Bulletin of the Pasteur Institute of Southern India, Coonoor - No. 2.
Year: 1909
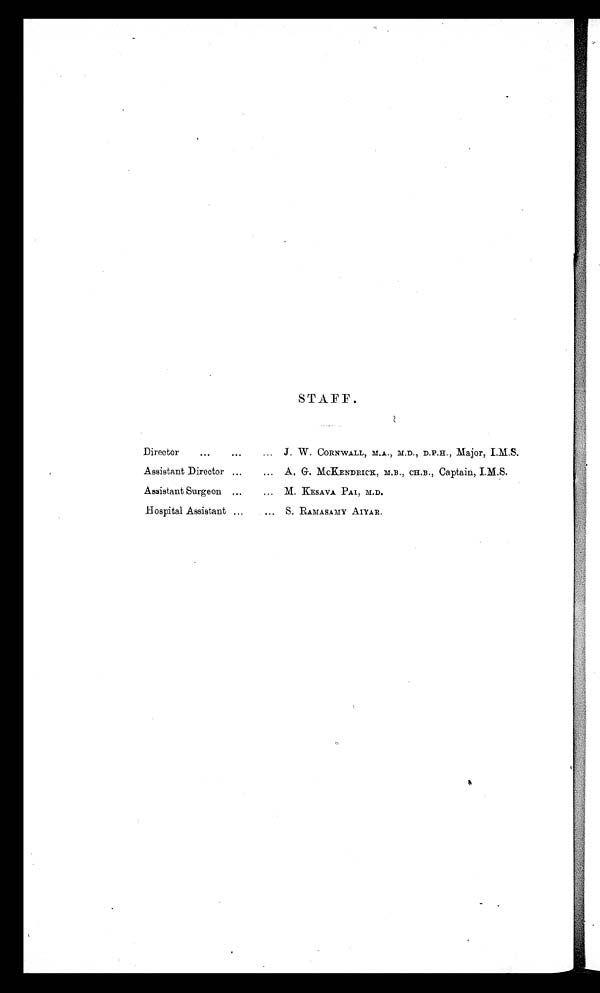
STAFF.
Director
•••
•••
... J. W. CORNWALL , M.A., M.D., D.P.H., Major, I.M.S.
Assistant Director , „
... A. G. M CKENDRICK , M.B., CH.B., Captain, I.M.S.
Assistant Surgeon ...
... M. KESAVA PAI , M.D.
Hospital Assistant , ..
S. RAMASAMY AIYAR.